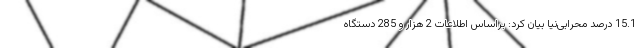
15.1 درصد محرابی‌نیا بیان کرد:‌ براساس اطلاعات 2 هزار و 285 دستگاه